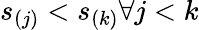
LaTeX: s_{(j)}<s_{(k)}\forall j<k